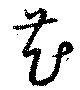
花